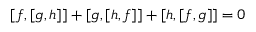
[ f , [ g , h ] ] + [ g , [ h , f ] ] + [ h , [ f , g ] ] = 0